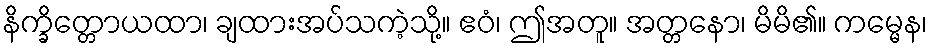
နိက္ခိတ္တောယထာ၊ ချထားအပ်သကဲ့သို့။ ဧဝံ၊ ဤအတူ။ အတ္တနော၊ မိမိ၏။ ကမ္မေန၊